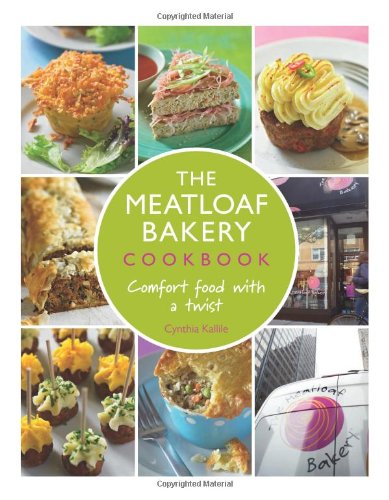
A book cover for The Meatloaf Bakery Cookbook: Comfort Food with a Twist; Cynthia Kallile; Cookbooks, Food & Wine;